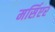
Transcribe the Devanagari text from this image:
मर्सिएर